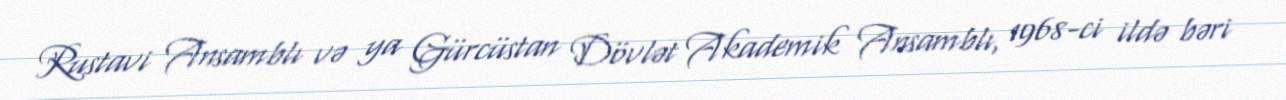
Rustavi Ansamblı və ya Gürcüstan Dövlət Akademik Ansamblı, 1968-ci ildə bəri